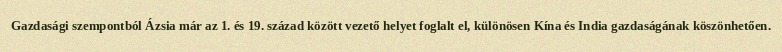
Gazdasági szempontból Ázsia már az 1. és 19. század között vezető helyet foglalt el, különösen Kína és India gazdaságának köszönhetően.